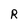
Character: R